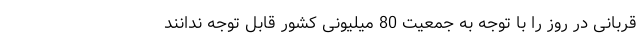
قربانی در روز را با توجه به جمعیت 80 میلیونی کشور قابل توجه ندانند